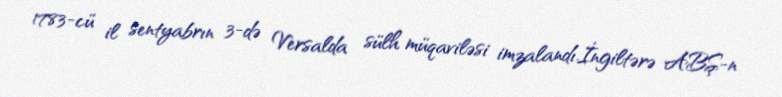
1783-cü il sentyabrın 3-də Versalda sülh müqaviləsi imzalandı.İngiltərə ABŞ-n